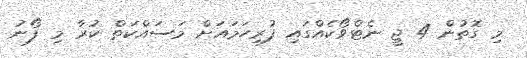
މި ގޮތުން 4 ޖީ ނެޓްވޯކެއްގައި ފުރިހަމައަށް މަސައްކަތް ކުރާ މި ފޯނު